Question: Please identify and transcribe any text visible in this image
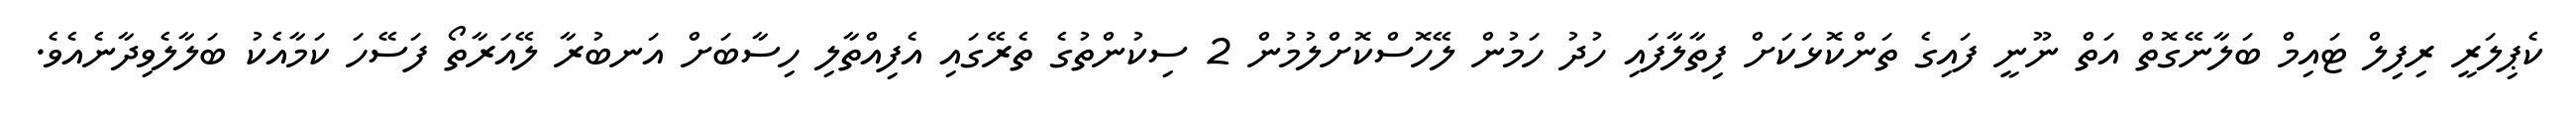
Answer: ކެޕިލަރީ ރިފިލް ޓައިމް ބަލާނޭގޮތް އަތް ނޫނީ ފައިގެ ތަންކޮޅަކަށް ފިތާލާފައި ހުދު ހަމުން ލޭހޮސްކޮށްލުމުން 2 ސިކުންތުގެ ތެރޭގައި އެފިއްތާލި ހިސާބަށް އަނބުރާ ލޭއަރާތޯ ފަސޭހަ ކަމާއެކު ބަލާލެވިދާނެއެވެ.